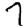
Digit: 7